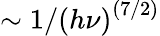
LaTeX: \sim 1/{(h\nu)}^{(7/2)}